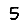
Digit: 5